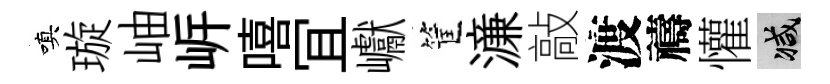
嗔璇岫㟁嘻冝巘筐濓敲渡禱懽减